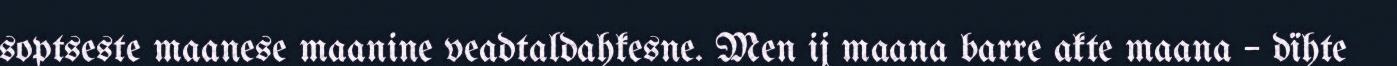
soptseste maanese maanine veadtaldahkesne. Men ij maana barre akte maana – dïhte